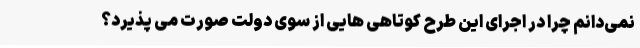
نمی‌دانم چرا در اجرای این طرح کوتاهی هایی از سوی دولت صورت می پذیرد؟